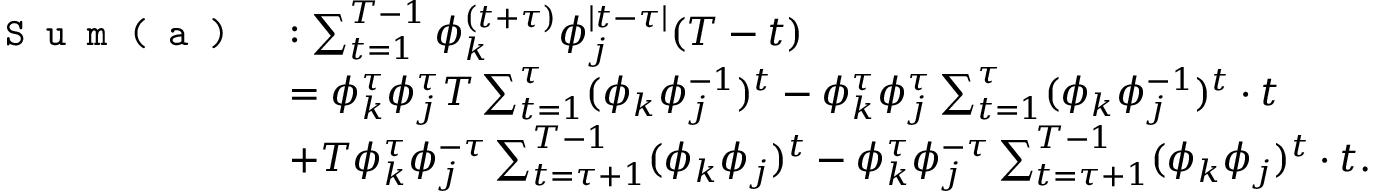
\begin{array} { r l } { \texttt { S u m ( a ) } } & { : \sum _ { t = 1 } ^ { T - 1 } \phi _ { k } ^ { ( t + \tau ) } \phi _ { j } ^ { \mid t - \tau \mid } ( T - t ) } \\ & { = \phi _ { k } ^ { \tau } \phi _ { j } ^ { \tau } T \sum _ { t = 1 } ^ { \tau } ( \phi _ { k } \phi _ { j } ^ { - 1 } ) ^ { t } - \phi _ { k } ^ { \tau } \phi _ { j } ^ { \tau } \sum _ { t = 1 } ^ { \tau } ( \phi _ { k } \phi _ { j } ^ { - 1 } ) ^ { t } \cdot t } \\ & { + T \phi _ { k } ^ { \tau } \phi _ { j } ^ { - \tau } \sum _ { t = \tau + 1 } ^ { T - 1 } ( \phi _ { k } \phi _ { j } ) ^ { t } - \phi _ { k } ^ { \tau } \phi _ { j } ^ { - \tau } \sum _ { t = \tau + 1 } ^ { T - 1 } ( \phi _ { k } \phi _ { j } ) ^ { t } \cdot t . } \end{array}